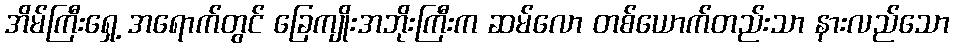
အိမ်ကြီးရှေ့ အရောက်တွင် ခြေကျိုးအဘိုးကြီးက ဆမ်လော တစ်ယောက်တည်းသာ နားလည်သော